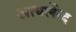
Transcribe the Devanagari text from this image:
आयर्लेन्द